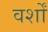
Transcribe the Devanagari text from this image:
वर्शों